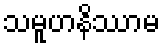
သမူဟနိဿာမ